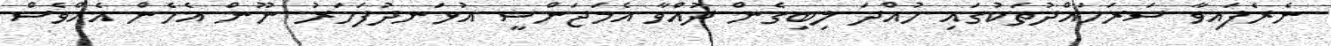
ނެރެފައިވާ ސަރަހައްދުތަކުގައި ހުއްދަ ލިބިގެން ދުއްވާ އެމަޖަންސީ އުޅަނދުފަހަރު ނޫން އެހެން އެއްވެސް